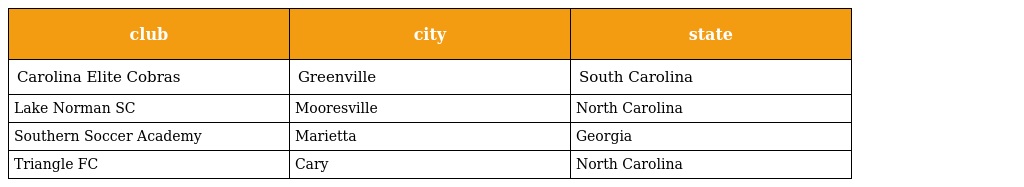
| club | city | state |
 | --- | --- | --- |
 | Carolina Elite Cobras | Greenville | South Carolina |
 | Lake Norman SC | Mooresville | North Carolina |
 | Southern Soccer Academy | Marietta | Georgia |
 | Triangle FC | Cary | North Carolina |